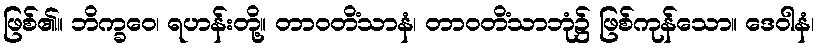
ဖြစ်၏။ ဘိက္ခဝေ၊ ရဟန်းတို့။ တာဝတိံသာနံ၊ တာဝတိံသာဘုံ၌ ဖြစ်ကုန်သော။ ဒေဝါနံ၊